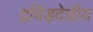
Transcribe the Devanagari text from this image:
द्रविड़देशीय